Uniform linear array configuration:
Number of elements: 4
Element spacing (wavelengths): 1
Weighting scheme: binomial
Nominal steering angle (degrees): -60
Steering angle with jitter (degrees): -59.58
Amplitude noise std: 0.05
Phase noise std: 0.05

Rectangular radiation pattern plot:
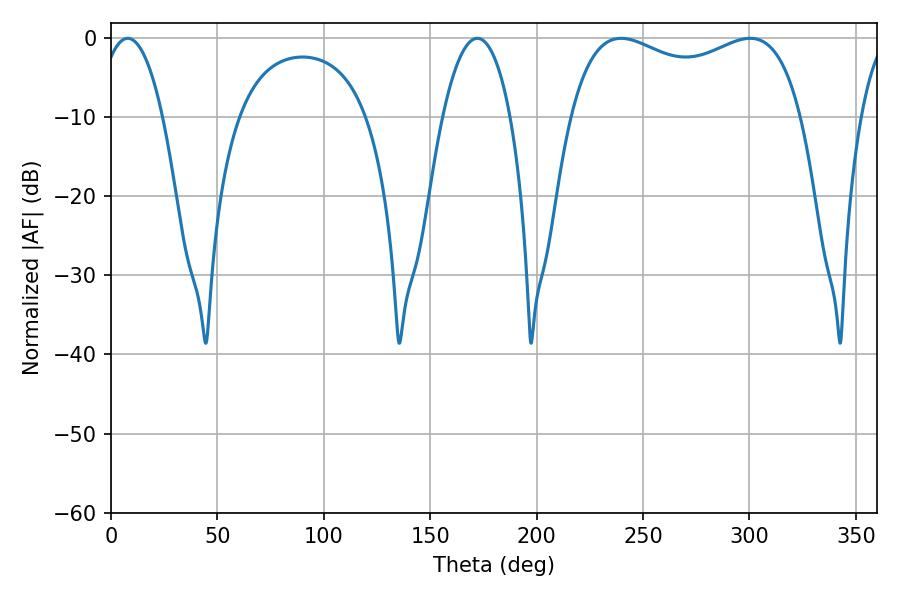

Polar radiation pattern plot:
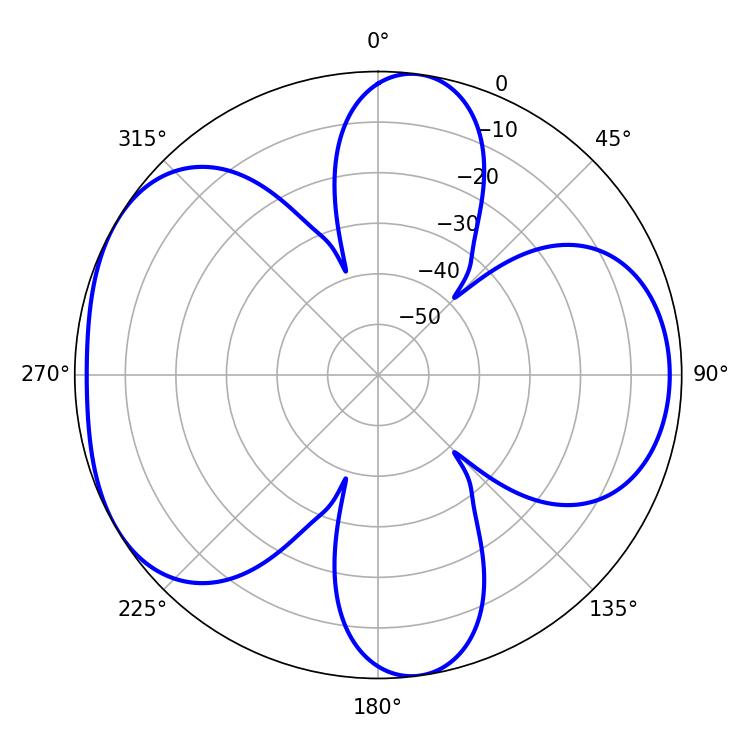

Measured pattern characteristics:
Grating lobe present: TRUE
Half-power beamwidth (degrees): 89.64
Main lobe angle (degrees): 239.76